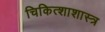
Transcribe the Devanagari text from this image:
चिकित्शाशास्त्र